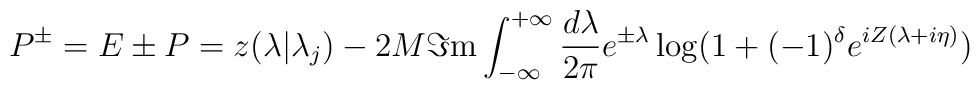
P^{\pm }=E\pm P=z(\lambda |\lambda _{j})-2M\Im \mathrm{m}\int _{-\infty }^{+\infty }\frac{d\lambda }{2\pi }e^{\pm \lambda }\log (1+(-1)^{\delta }e^{iZ(\lambda +i\eta )})